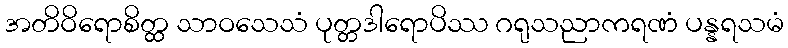
အတိဝိရောစိတ္ထ သာဝသေသံ ပုတ္တဒါရောပိဿ ဂရုသညာကရဏံ ပန္နရသမံ